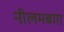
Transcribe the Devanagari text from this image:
नीलमबाग़